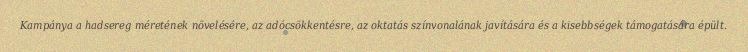
Kampánya a hadsereg méretének növelésére, az adócsökkentésre, az oktatás színvonalának javítására és a kisebbségek támogatására épült.